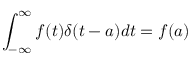
\int _ { - \infty } ^ { \infty } f ( t ) \delta ( t - a ) d t = f ( a )